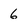
Character: 6